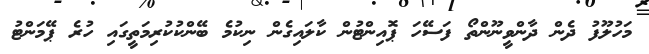
މަހުލޫފު ދެން ދާންވީނޫންތޯ ފަސޭހަ ޕޮއިންޓުން ކާލައިގެން ނިކުމެ ބޭންކުކުރިމަތީގައި ހުރެ ޕޭމަންޓު